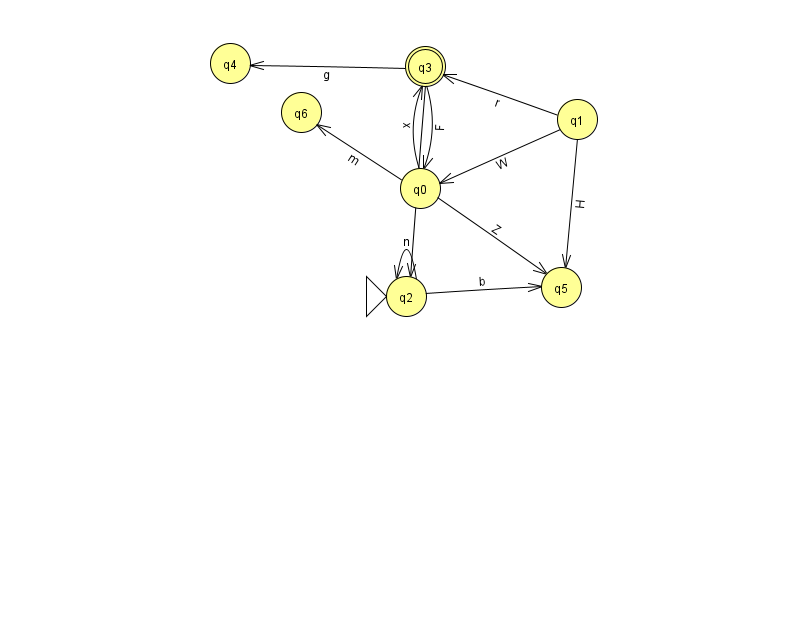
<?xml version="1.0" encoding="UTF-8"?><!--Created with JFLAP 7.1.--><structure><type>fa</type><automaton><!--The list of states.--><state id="0" name="q0"><x>420.0</x><y>175.0</y></state><state id="1" name="q1"><x>577.0</x><y>106.0</y></state><state id="2" name="q2"><x>406.0</x><y>283.0</y><initial/></state><state id="3" name="q3"><x>425.0</x><y>53.0</y><final/></state><state id="4" name="q4"><x>230.0</x><y>50.0</y></state><state id="5" name="q5"><x>561.0</x><y>274.0</y></state><state id="6" name="q6"><x>301.0</x><y>99.0</y></state><!--The list of transitions.--><transition><from>0</from><to>3</to><read>x</read></transition><transition><from>2</from><to>5</to><read>b</read></transition><transition><from>3</from><to>2</to><read>k</read></transition><transition><from>3</from><to>4</to><read>g</read></transition><transition><from>1</from><to>0</to><read>W</read></transition><transition><from>1</from><to>5</to><read>H</read></transition><transition><from>0</from><to>5</to><read>Z</read></transition><transition><from>1</from><to>3</to><read>r</read></transition><transition><from>2</from><to>2</to><read>n</read></transition><transition><from>3</from><to>0</to><read>F</read></transition><transition><from>0</from><to>6</to><read>m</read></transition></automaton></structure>